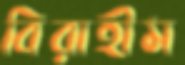
বিরাহীম